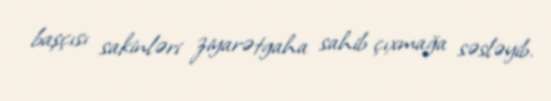
başçısı sakinləri ziyarətgaha sahib çıxmağa səsləyib.